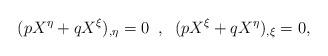
LaTeX: \begin{align*}(pX^\eta +qX^\xi )_{,\eta}=0 \;\; , \;\; (pX^\xi + qX^\eta )_{,\xi}=0,\end{align*}